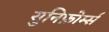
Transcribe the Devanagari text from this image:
युनिफ़ोर्म्स